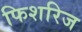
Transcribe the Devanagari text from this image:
फिशरिज